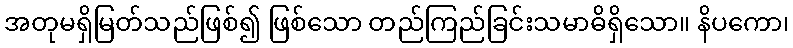
အတုမရှိမြတ်သည်ဖြစ်၍ ဖြစ်သော တည်ကြည်ခြင်းသမာဓိရှိသော။ နိပကော၊